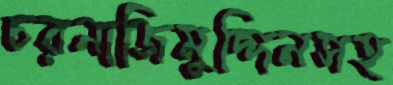
চরনাজিমুদ্দিনসহ